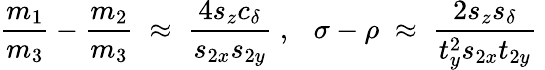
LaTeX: \frac{m_{1}}{m_{3}}-\frac{m_{2}}{m_{3}}\; \approx\; \frac{4s_{z}c_{\delta}}{s_{2x}s_{2y}}\; ,~~~\sigma-\rho\; \approx\; \frac{2s_{z}s_{\delta}}{t_{y}^{2}s_{2x}t_{2y}}\;